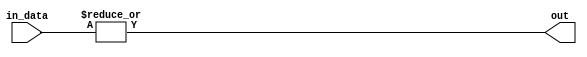
module OR_gate (
    input [63:0] in_data,
    output out
);

assign out = |in_data;

endmodule